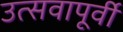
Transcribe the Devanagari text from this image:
उत्सवापूर्वी